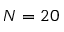
N = 2 0